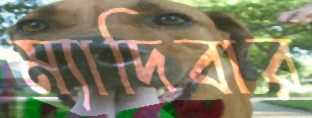
ম্যাদিবার